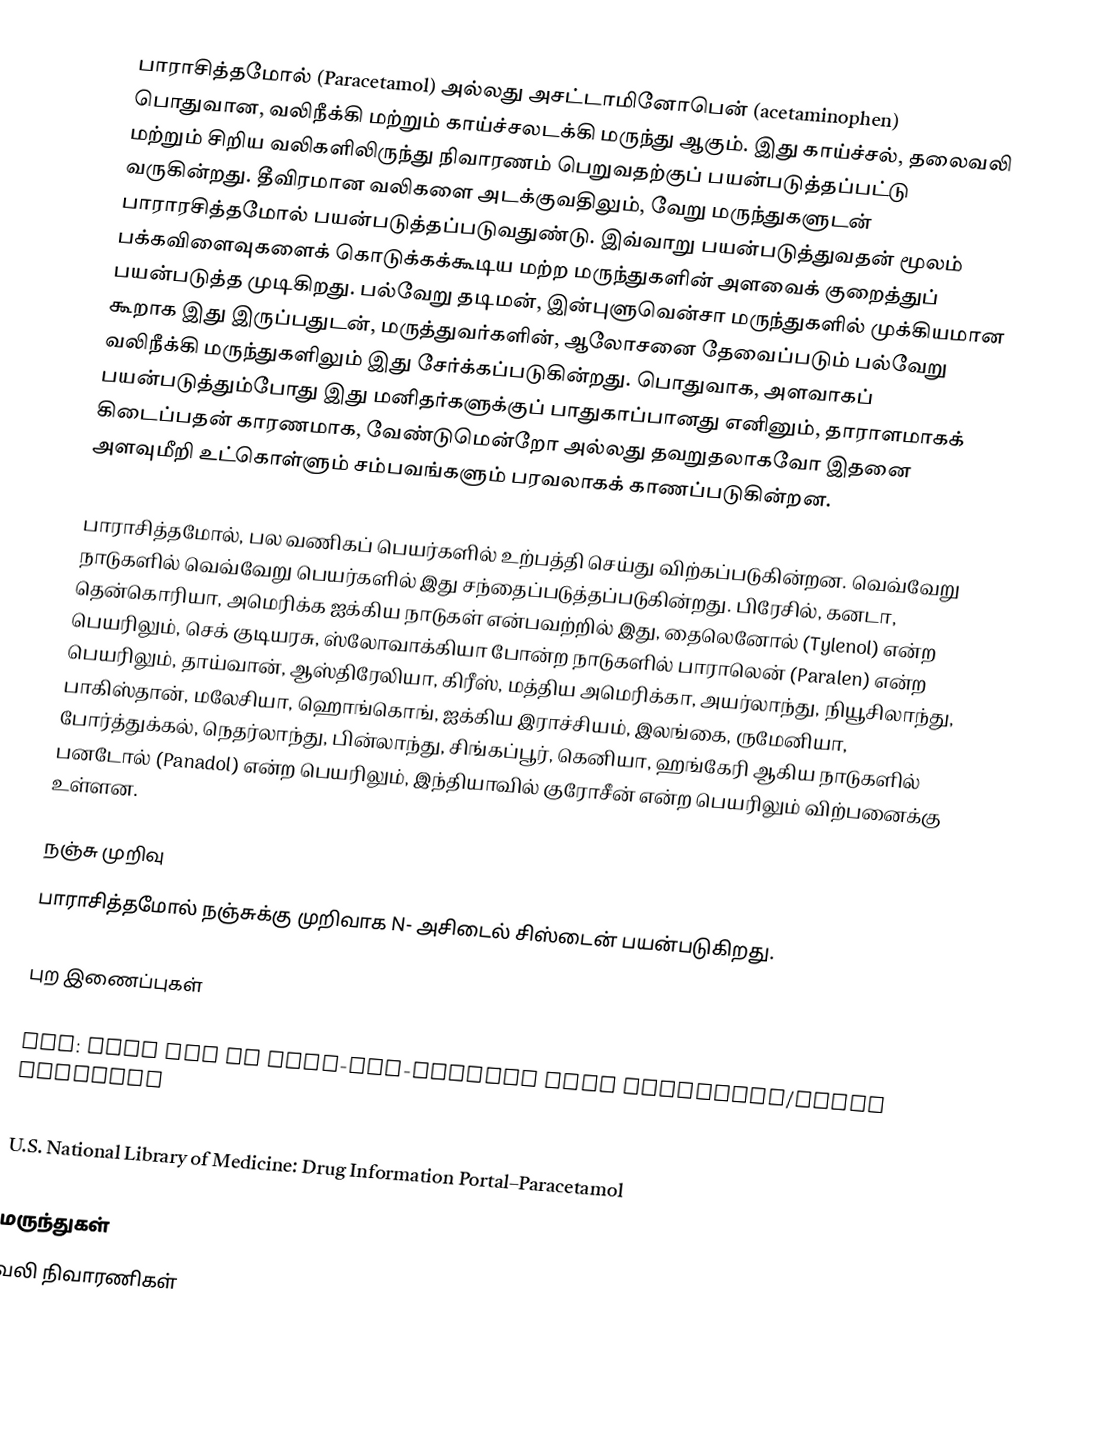
பாராசித்தமோல் (Paracetamol) அல்லது அசட்டாமினோபென் (acetaminophen) பொதுவான, வலிநீக்கி மற்றும் காய்ச்சலடக்கி மருந்து ஆகும். இது காய்ச்சல், தலைவலி மற்றும் சிறிய வலிகளிலிருந்து நிவாரணம் பெறுவதற்குப் பயன்படுத்தப்பட்டு வருகின்றது. தீவிரமான வலிகளை அடக்குவதிலும், வேறு மருந்துகளுடன் பாராரசித்தமோல் பயன்படுத்தப்படுவதுண்டு. இவ்வாறு பயன்படுத்துவதன் மூலம் பக்கவிளைவுகளைக் கொடுக்கக்கூடிய மற்ற மருந்துகளின் அளவைக் குறைத்துப் பயன்படுத்த முடிகிறது. பல்வேறு தடிமன், இன்புளுவென்சா மருந்துகளில் முக்கியமான கூறாக இது இருப்பதுடன், மருத்துவர்களின், ஆலோசனை தேவைப்படும் பல்வேறு வலிநீக்கி மருந்துகளிலும் இது சேர்க்கப்படுகின்றது. பொதுவாக, அளவாகப் பயன்படுத்தும்போது இது மனிதர்களுக்குப் பாதுகாப்பானது எனினும், தாராளமாகக் கிடைப்பதன் காரணமாக, வேண்டுமென்றோ அல்லது தவறுதலாகவோ இதனை அளவுமீறி உட்கொள்ளும் சம்பவங்களும் பரவலாகக் காணப்படுகின்றன.

பாராசித்தமோல், பல வணிகப் பெயர்களில் உற்பத்தி செய்து விற்கப்படுகின்றன. வெவ்வேறு நாடுகளில் வெவ்வேறு பெயர்களில் இது சந்தைப்படுத்தப்படுகின்றது. பிரேசில், கனடா, தென்கொரியா, அமெரிக்க ஐக்கிய நாடுகள் என்பவற்றில் இது, தைலெனோல் (Tylenol) என்ற பெயரிலும், செக் குடியரசு, ஸ்லோவாக்கியா போன்ற நாடுகளில் பாராலென் (Paralen) என்ற பெயரிலும், தாய்வான், ஆஸ்திரேலியா, கிரீஸ், மத்திய அமெரிக்கா, அயர்லாந்து, நியூசிலாந்து, பாகிஸ்தான், மலேசியா, ஹொங்கொங், ஐக்கிய இராச்சியம், இலங்கை, ருமேனியா, போர்த்துக்கல், நெதர்லாந்து, பின்லாந்து, சிங்கப்பூர், கெனியா, ஹங்கேரி ஆகிய நாடுகளில் பனடோல் (Panadol) என்ற பெயரிலும், இந்தியாவில் குரோசீன் என்ற பெயரிலும் விற்பனைக்கு உள்ளன.

நஞ்சு முறிவு
பாராசித்தமோல் நஞ்சுக்கு முறிவாக N- அசிடைல் சிஸ்டைன் பயன்படுகிறது.

புற இணைப்புகள்

 FDA: Safe Use of Over-the-Counter Pain Relievers/Fever Reducers
 FDA: Consumer Update "Acetaminophen and Liver Injury: Q and A for Consumers" (link)
 U.S. National Library of Medicine: Drug Information Portal–Paracetamol

மருந்துகள்
வலி நிவாரணிகள்